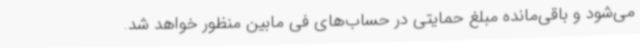
می‌شود و باقی‌مانده مبلغ حمایتی در حساب‌های فی مابین منظور خواهد شد.